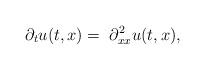
LaTeX: \begin{align*}\partial_t u(t,x) = \; \partial_{xx}^2 u(t,x),\end{align*}